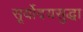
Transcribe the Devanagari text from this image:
सूर्योदयसुद्धा